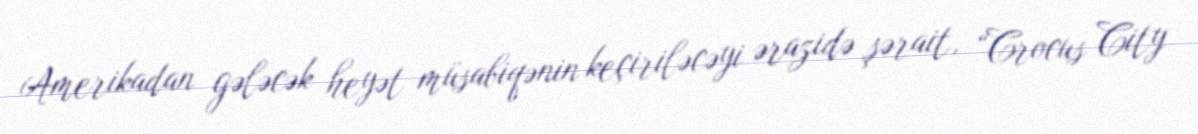
Amerikadan gələcək heyət müsabiqənin keçiriləcəyi ərazidə şərait, “Crocus City